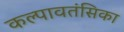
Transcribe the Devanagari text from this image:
कल्पावतंसिका